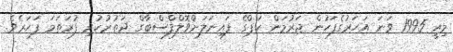
މިއީ 1995 ވަނަ އަހަރުގެފަހުން ޖަރުމަން ކަޕްގެ ފައިނަލަށްވޮލްފްސްބާގް ދަތުރުކުރި ފުރަތަމަ ފަހަރެވެ.